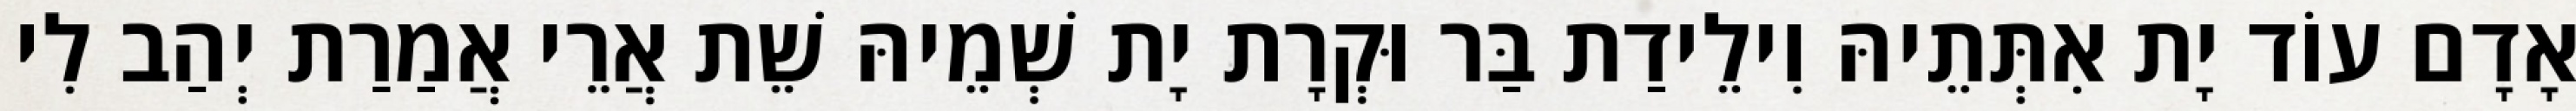
אָדָם עוֹד יָת אִתְּתֵיהּ וִילֵידַת בַּר וּקְרָת יָת שְׁמֵיהּ שֵׁת אֲרֵי אֲמַרַת יְהַב לִי